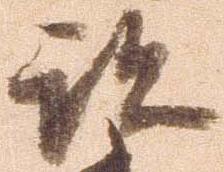
跡